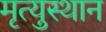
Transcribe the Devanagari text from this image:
मृत्युस्थान